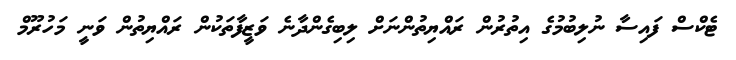
ޓެކްސް ފައިސާ ނުލިބުމުގެ އިތުރުން ރައްޔިތުންނަށް ލިބިގެންދާނެ ވަޒީފާތަކުން ރައްޔިތުން ވަނީ މަހުރޫމް